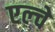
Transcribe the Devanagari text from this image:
एल्चे